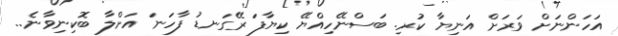
އަހަންނަށް ވަރަށް އަނިޔާ ކުރި. ބަސްނޭހިއްޔޭ ކިޔާފަ ރޭގަނޑު ފާހަނަ އަށްލާ ބޮކިނިވާނެ..